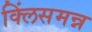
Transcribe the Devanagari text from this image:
क्लिंसमन्न